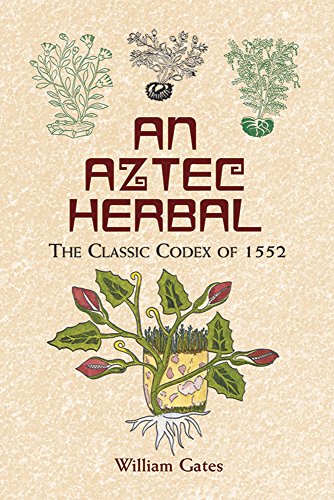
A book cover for An Aztec Herbal: The Classic Codex of 1552; William Gates; History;